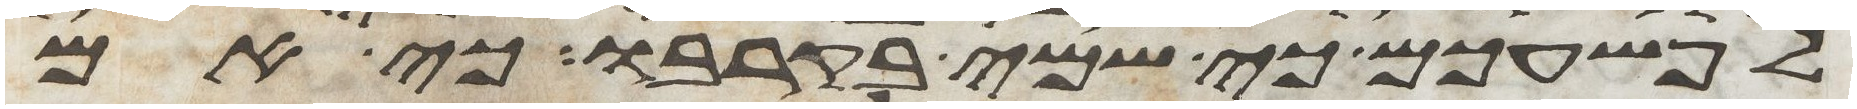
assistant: לפשעכם כי שמי בקרבו כי אם